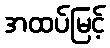
အထပ်မြင့်